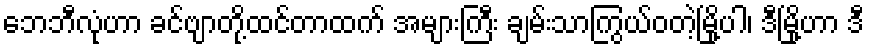
ဘေဘီလုံဟာ ခင်ဗျာတို့ထင်တာထက် အများကြီး ချမ်းသာကြွယ်ဝတဲ့မြို့ပါ၊ ဒီမြို့ဟာ ဒီ